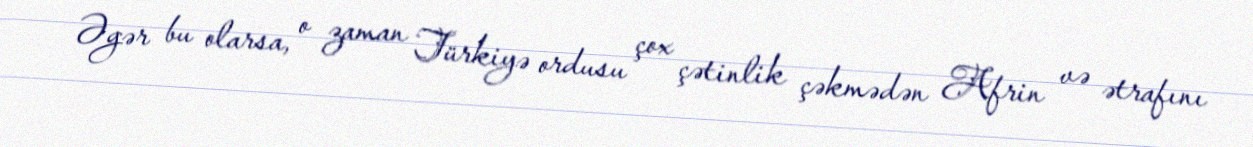
Əgər bu olarsa, o zaman Türkiyə ordusu çox çətinlik çəkmədən Afrin və ətrafını